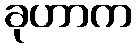
ခုဟာက